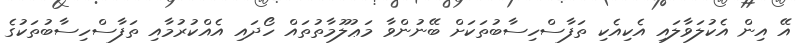
އޭ އިން އެކުލަވާލައި އެކިއެކި ތަފާސްހިސާބުތަކަށް ބޭނުންވާ މަޢުލޫމާތުތައް ހޯދައި އެއްކުރުމާއި ތަފާސްހިސާބުތަކުގެ